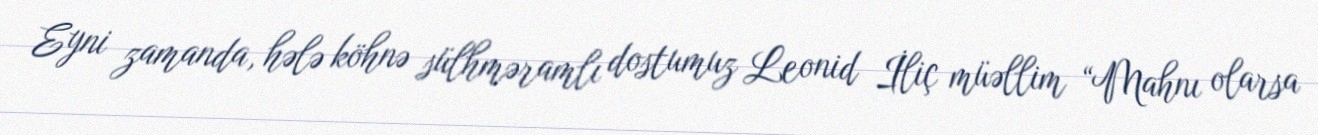
Eyni zamanda, hələ köhnə sülhməramlı dostumuz Leonid İliç müəllim “Mahnı olarsa